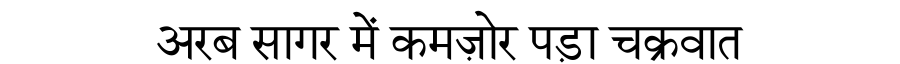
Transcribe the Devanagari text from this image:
अरब सागर में कमज़ोर पड़ा चक्रवात